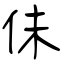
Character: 佅